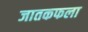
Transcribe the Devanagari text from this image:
जातकफला